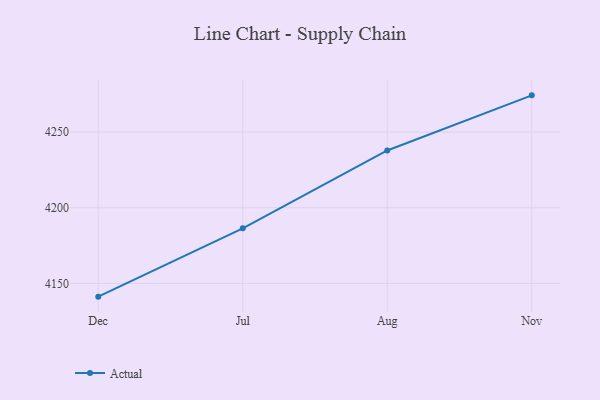
{"axis": {"x": "Month", "y": "Operating Costs (USD K)"}, "legend": ["Actual"], "data": [{"x": "Dec", "y": 4141.3, "type": "Actual"}, {"x": "Jul", "y": 4186.4, "type": "Actual"}, {"x": "Aug", "y": 4237.8, "type": "Actual"}, {"x": "Nov", "y": 4274.2, "type": "Actual"}]}